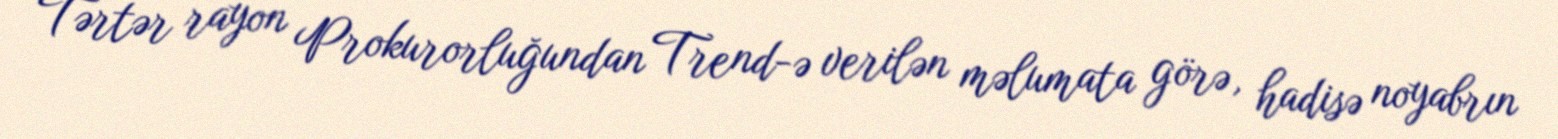
Tərtər rayon Prokurorluğundan Trend-ə verilən məlumata görə, hadisə noyabrın